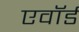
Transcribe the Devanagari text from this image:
एवॉर्ड